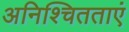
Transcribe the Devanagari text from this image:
अनिश्चितताएं